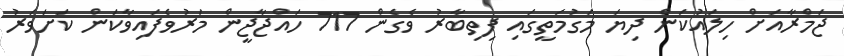
ޖަމްރާއަށް ހިލައުކަން ދިޔަ މަގުމަތީގައި ފިތިބާރު ވެގެން 717 ހައްޖާޖީން މަރުވެފައިވާކަން ކަށަވަރު